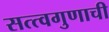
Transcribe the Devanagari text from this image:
सत्त्वगुणाची